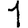
Digit: 1